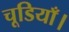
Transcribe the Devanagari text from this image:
चूडियाँ।